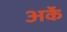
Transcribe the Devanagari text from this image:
अर्के